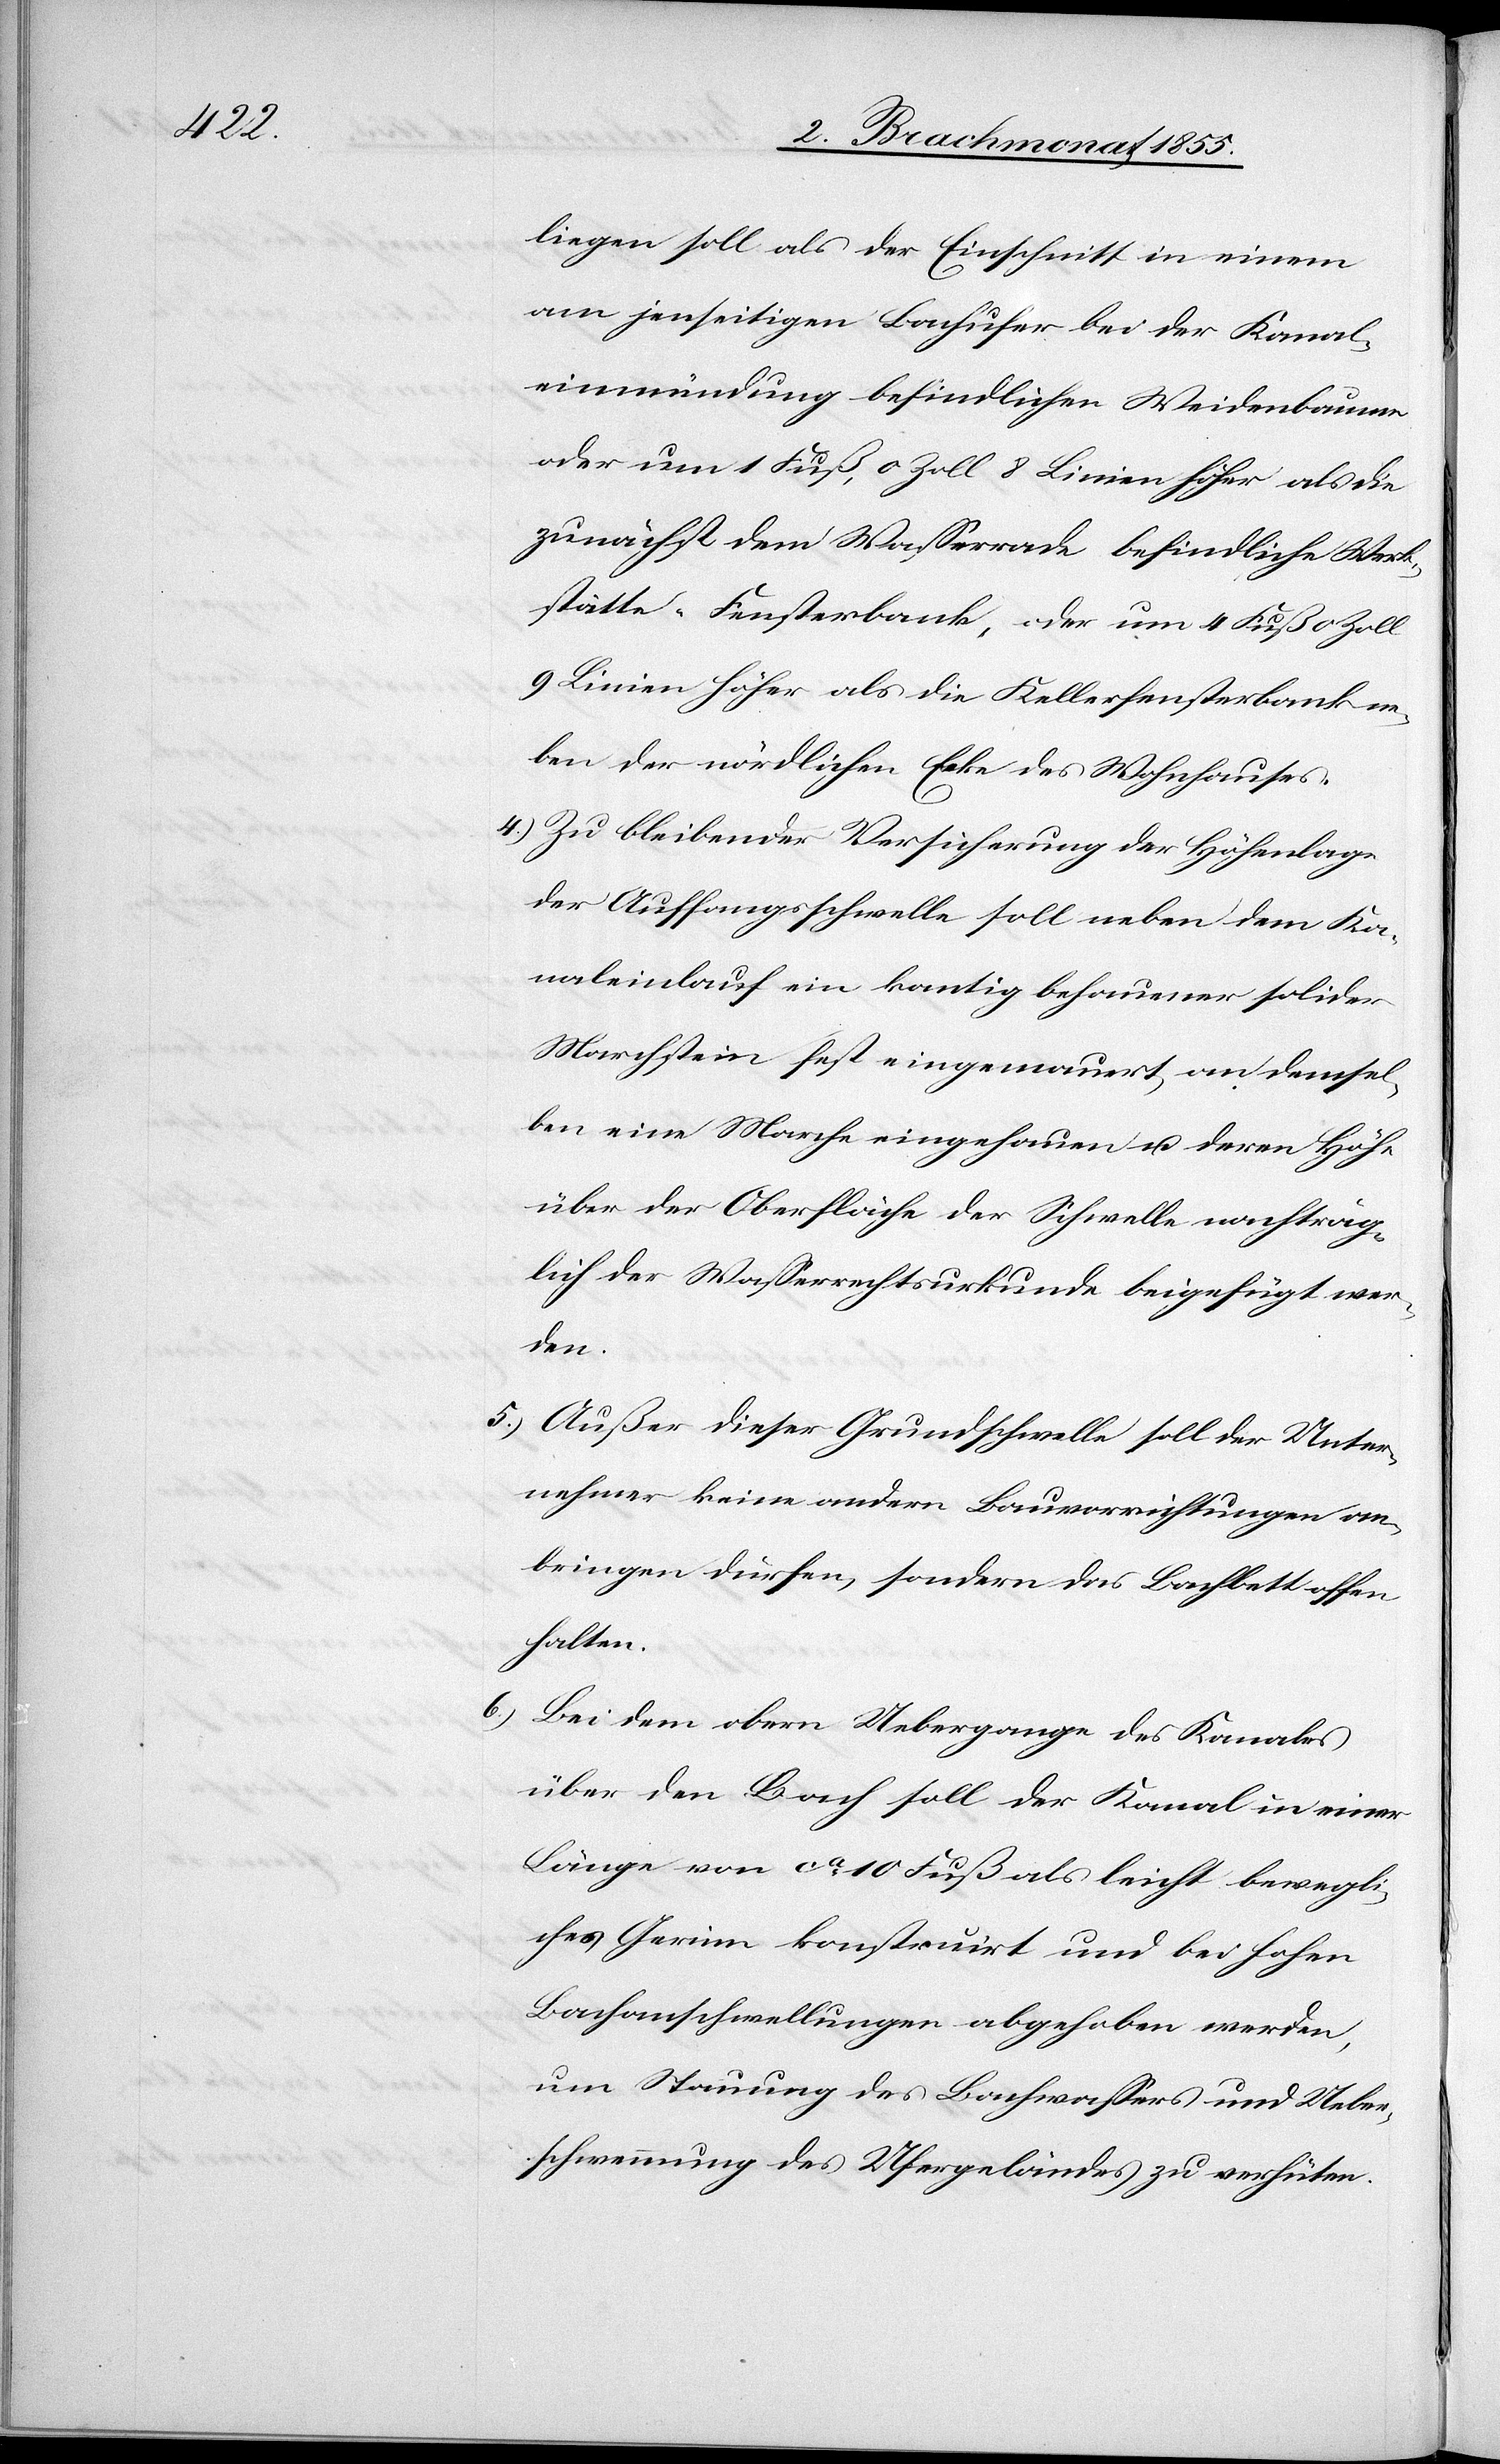
liegen soll als der Einschnitt in einem
am jenseitigen Bachufer bei der Kanal¬
einmündung befindlichen Weidenbaume
oder um 1 Fuß, 0 Zoll 8 Linien höher als die
zunächst dem Wasserrade befindliche Werk¬
stätte-Fensterbank, oder um 4 Fuß 0 Zoll
9 Linien höher als die Kellerfensterbank ne¬
ben der nördlichen Ecke des Wohnhauses.
Zu bleibender Versicherung der Höhenlage
der Auffangsschwelle soll neben dem Ka¬
naleinlauf ein kantig behauener solider
Marchstein fest eingemauert, an demsel¬
ben eine Marche eingehauen u. deren Höhe
über der Oberfläche der Schwelle nachträg¬
lich der Wasserrechtsurkunde beigefügt wer¬
den.
Außer dieser Grundschwelle soll der Unter¬
nehmer keine andern Bauvorrichtungen an¬
bringen dürfen, sondern das Bachbett offen
halten.
Bei dem obern Uebergange des Kanales
über den Bach soll der Kanal in einer
Länge von ca. 10 Fuß als leicht bewegli¬
ches Gerinn konstruirt und bei hohen
Bachanschwellungen abgehoben werden,
um Stauung des Bachwassers und Ueber¬
schwemmung des Ufergeländes zu verhüten.